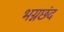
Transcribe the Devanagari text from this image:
भग्नछंद